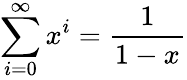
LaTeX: \sum_{i=0}^{\infty}x^{i}=\frac{1}{1-x}